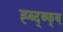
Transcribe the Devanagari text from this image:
ह्ब्द्ब्फ्ब